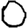
Digit: 0